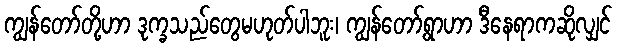
ကျွန်တော်တို့ဟာ ဒုက္ခသည်တွေမဟုတ်ပါဘူး၊ ကျွန်တော့်ရွာဟာ ဒီနေရာကဆိုလျှင်